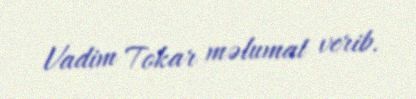
Vadim Tokar məlumat verib.